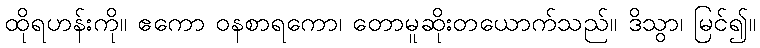
ထိုရဟန်းကို။ ဧကော ဝနစာရကော၊ တောမူဆိုးတယောက်သည်။ ဒိသွာ၊ မြင်၍။